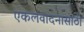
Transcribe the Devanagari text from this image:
एकलवादनासाठी